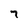
Character: 7